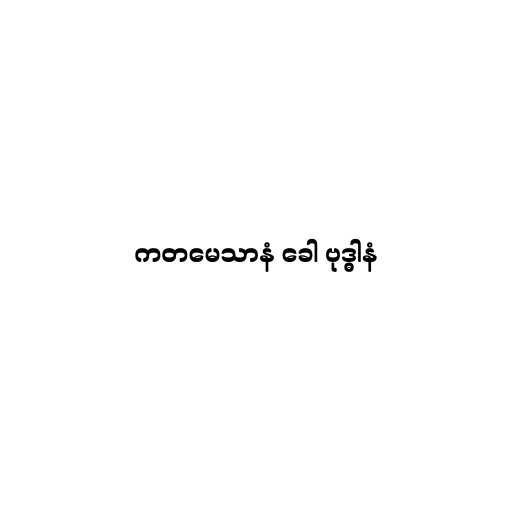
ကတမေသာနံ ခေါ ဗုဒ္ဓါနံ